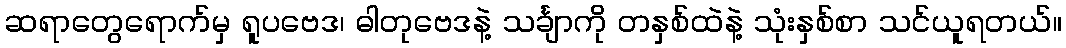
ဆရာတွေရောက်မှ ရူပဗေဒ၊ ဓါတုဗေဒနဲ့ သင်္ချာကို တနှစ်ထဲနဲ့ သုံးနှစ်စာ သင်ယူရတယ်။